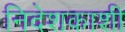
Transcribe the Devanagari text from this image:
निदेशकाशी